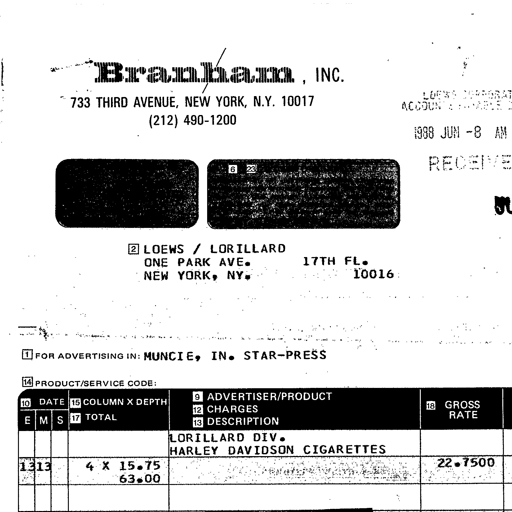
Transcript:
Branham, INC.
733 THIRD AVENUE, NEW YORK, N.Y. 10017
(212) 490-1200
LOEWS CORPORATE
ACCOUNTING PAYABLE
1988 JUN -8 AM
RECEIVED
6 23
2 LOEWS / LORILLARD
ONE PARK AVE. 17TH FL.
NEW YORK, NY. 10016
1 FOR ADVERTISING IN: MUNCIE, IN. STAR-PRESS
14 PRODUCT/SERVICE CODE:
10 DATE 15 COLUMN X DEPTH 9 ADVERTISER/PRODUCT
12 CHARGES 18 GROSS RATE
E M S 17 TOTAL 13 DESCRIPTION
LORILLARD DIV.
HARLEY DAVIDSON CIGARETTES
13 13 4 X 15.75 22.7500
63.00